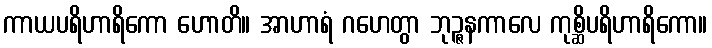
ကာယပရိဟာရိကော ဟောတိ။ အာဟာရံ ဂဟေတွာ ဘုဉ္ဇနကာလေ ကုစ္ဆိပရိဟာရိကော။